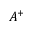
A ^ { + }